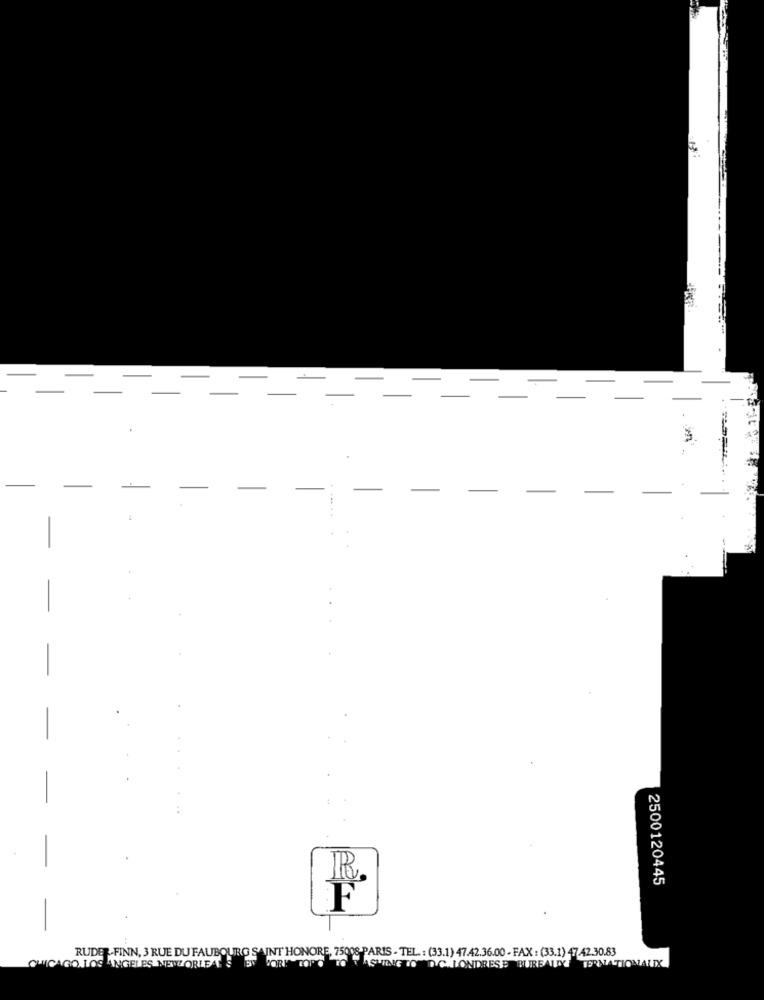
-
-
-
-
-
-
-
-
-
-
-
-
2500120445
F
-
RUDER-FINN, 3 RUE DU FAUBOURG SAINT HONORE, 75
CORPODEPARIS - TEL : (33.1) 47.42.36.00 - FAX : (33.1) 47.42.30.83
CHICAGO LOS ANGELES METEORIET SE
ASTING TO D.C. LONDRESE BUREAUX TERNATIONAUX